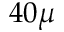
4 0 \mu